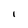
Character: I